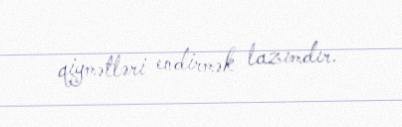
qiymətləri endirmək lazımdır.